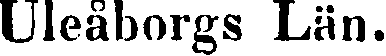
Uleåborgs Län.